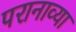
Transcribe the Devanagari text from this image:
परानाव्या